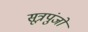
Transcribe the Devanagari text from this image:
सूत्रपुंजों